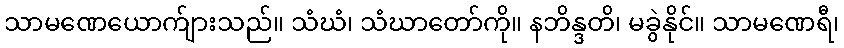
သာမဏေယောက်ျားသည်။ သံဃံ၊ သံဃာတော်ကို။ နဘိန္ဒတိ၊ မခွဲနိုင်။ သာမဏေရီ၊